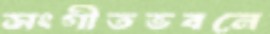
সংগীতভবনে